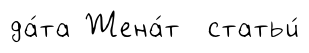
да́та Жена́т статьи́